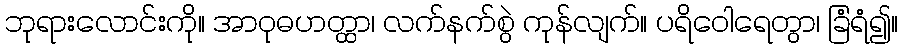
ဘုရားလောင်းကို။ အာဝုဓဟတ္ထာ၊ လက်နက်စွဲ ကုန်လျက်။ ပရိဝေါရေတွာ၊ ခြံရံ၍။